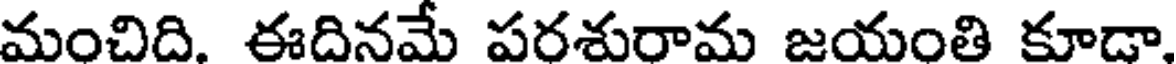
మంచిది. ఈదినమే పరశురామ జయంతి కూడా